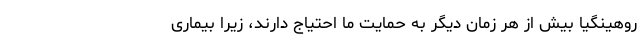
روهینگیا بیش از هر زمان دیگر به حمایت ما احتیاج دارند، زیرا بیماری